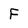
Character: F